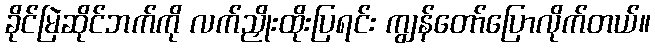
ခိုင်မြဲဆိုင်ဘက်ကို လက်ညှိုးထိုးပြရင်း ကျွန်တော်ပြောလိုက်တယ်။